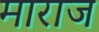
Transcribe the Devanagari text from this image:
माराज